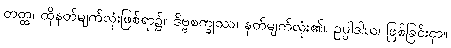
တတ္ထ၊ ထိုနတ်မျက်လုံးဖြစ်ရာ၌။ ဒိဗ္ဗစက္ခုဿ၊ နတ်မျက်လုံး၏။ ဥပ္ပါဒါယ၊ ဖြစ်ခြင်းငှာ။